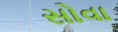
સોવા